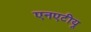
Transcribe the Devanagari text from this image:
एनएटीयू